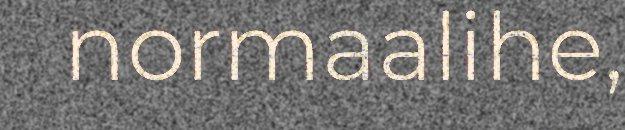
normaalihe,